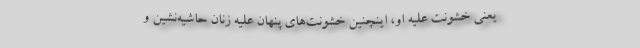
يعني خشونت عليه او، اينچنين خشونت‌هاي پنهان عليه زنان حاشيه‌نشين و